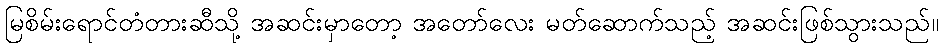
မြစိမ်းရောင်တံတားဆီသို့ အဆင်းမှာတော့ အတော်လေး မတ်ဆောက်သည့် အဆင်းဖြစ်သွားသည်။